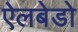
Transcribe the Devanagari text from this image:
ऐलबेडो